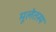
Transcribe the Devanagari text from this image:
मूलेतस्य